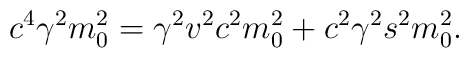
c^4\gamma^2 m_0^2 = \gamma^2 v^2c^2m_0^2 + c^2\gamma^2s^2m_0^2.